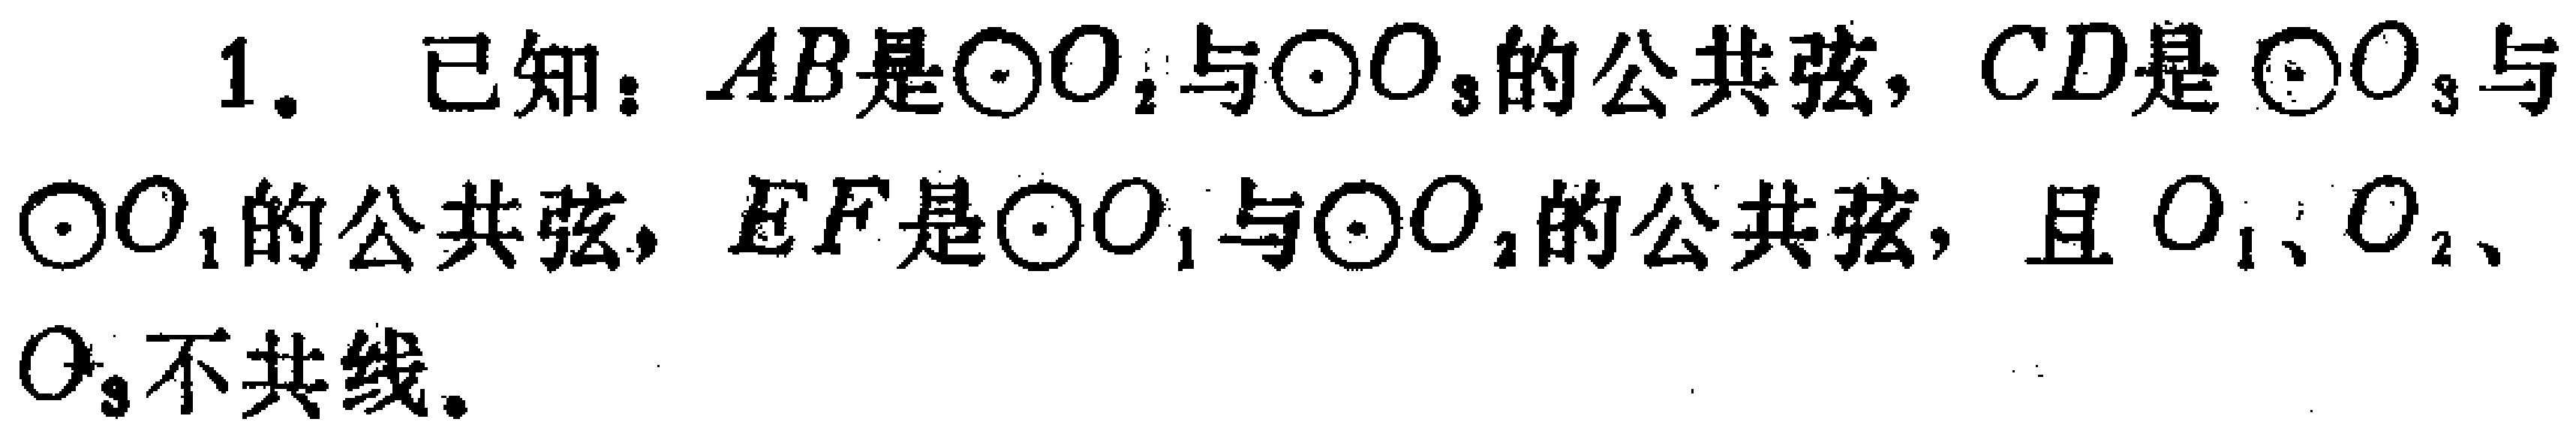
1. 已知：$AB$是$\odot O_{2}$与$\odot O_{3}$的公共弦，$CD$是$\odot O_{3}$与$\odot O_{1}$的公共弦，$EF$是$\odot O_{1}$与$\odot O_{2}$的公共弦，且$O_{1}$、$O_{2}$、$O_{3}$不共线。